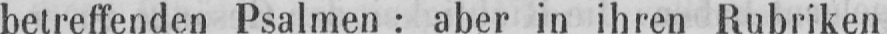
betreffenden Psalmen: aber in ihren Rubriken